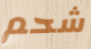
شحم